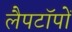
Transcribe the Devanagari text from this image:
लैपटॉपों